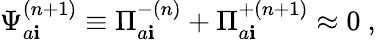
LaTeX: {\Psi}_{a\mathbf{i}}^{(n+1)}\equiv{\Pi}_{a\mathbf{i}}^{-(n)}+{\Pi}_{a\mathbf{i}}^{+(n+1)}\approx0\ ,